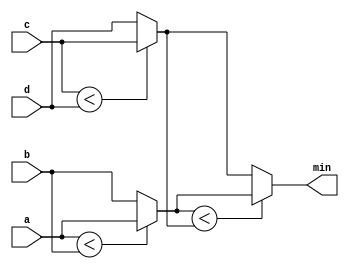
module top_module (
    input  wire [7:0] a,
    input  wire [7:0] b,
    input  wire [7:0] c,
    input  wire [7:0] d,
    output wire [7:0] min
);
    wire [7:0] tmp_1;
    wire [7:0] tmp_2;

    assign tmp_1 = (a < b) ? a : b;
    assign tmp_2 = (c < d) ? c : d;
    assign   min = (tmp_1 < tmp_2) ? tmp_1 : tmp_2;
endmodule